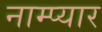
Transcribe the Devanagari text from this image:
नाम्प्यार